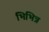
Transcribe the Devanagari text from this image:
भिभिन्न